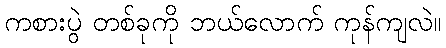
ကစားပွဲ တစ်ခုကို ဘယ်လောက် ကုန်ကျလဲ။